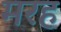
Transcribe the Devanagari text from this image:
मरह